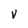
Character: V